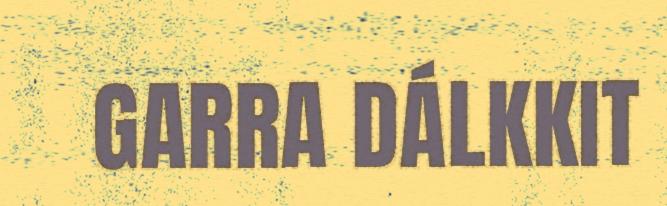
GARRA DÁLKKIT